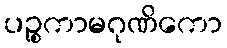
ပဉ္စကာမဂုဏိကော